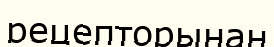
рецепторынан